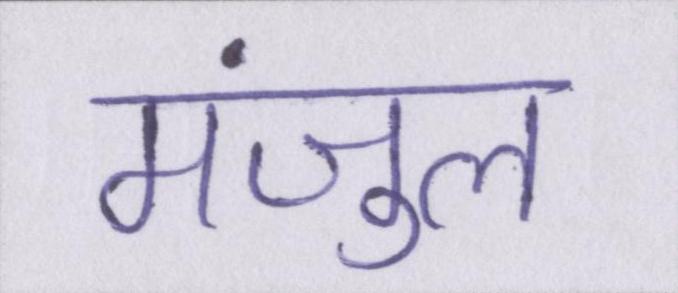
मंजुल